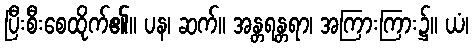
ပြီးစီးစေထိုက်၏။ ပန၊ ဆက်။ အန္တရန္တရာ၊ အကြားကြား၌။ ယံ၊